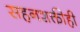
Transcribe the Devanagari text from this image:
सहनशक्तीही